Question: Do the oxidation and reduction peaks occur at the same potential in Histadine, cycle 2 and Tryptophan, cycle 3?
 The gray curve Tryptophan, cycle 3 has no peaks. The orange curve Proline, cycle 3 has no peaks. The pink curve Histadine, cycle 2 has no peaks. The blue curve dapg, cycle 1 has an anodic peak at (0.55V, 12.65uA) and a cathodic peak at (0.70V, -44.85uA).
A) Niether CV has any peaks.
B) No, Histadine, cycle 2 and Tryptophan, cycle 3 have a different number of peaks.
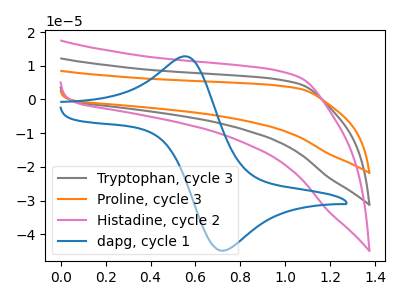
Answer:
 <answer>A) Niether CV has any peaks.</answer>
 <eval>A</eval>